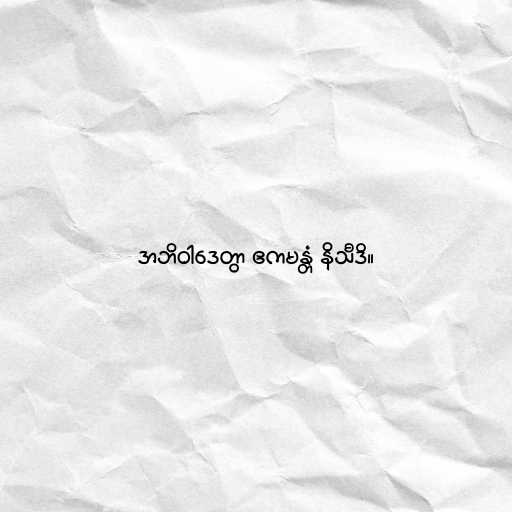
အဘိဝါဒေတွာ ဧကမန္တံ နိသီဒိ။